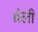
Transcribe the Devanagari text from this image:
ब्रेली